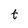
Character: t